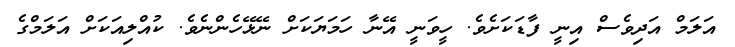
އަލަމް އަދިވެސް އިނީ ފާޑަކަށެވެ. ހީވަނީ އޭނާ ހަމަޔަކަށް ނޭޅޭހެންނެވެ. ކުއްލިއަކަށް އަލަމްގެ